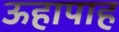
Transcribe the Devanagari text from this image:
ऊहापाह